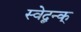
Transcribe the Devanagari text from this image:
स्वेद्बन्क्